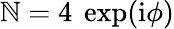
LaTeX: \mathbb{N}=4~\exp(\mathrm{{i}}\phi)